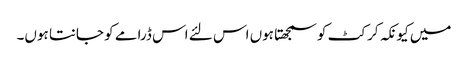
میں کیونکہ کرکٹ کو سمجھتا ہوں اس لئے اس ڈرامے کو جانتا ہوں۔